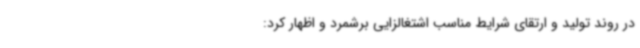
در روند تولید و ارتقای شرایط مناسب اشتغالزایی برشمرد و اظهار کرد: